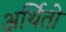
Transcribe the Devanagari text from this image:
अर्थितो